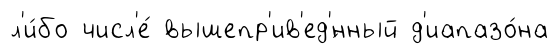
л'и́бо числ'е́ вышепр'ив'ед'́нный д'иапазо́на